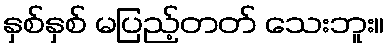
နှစ်နှစ် မပြည့်တတ် သေးဘူး။